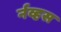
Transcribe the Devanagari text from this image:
र्नव्हस